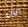
الآن